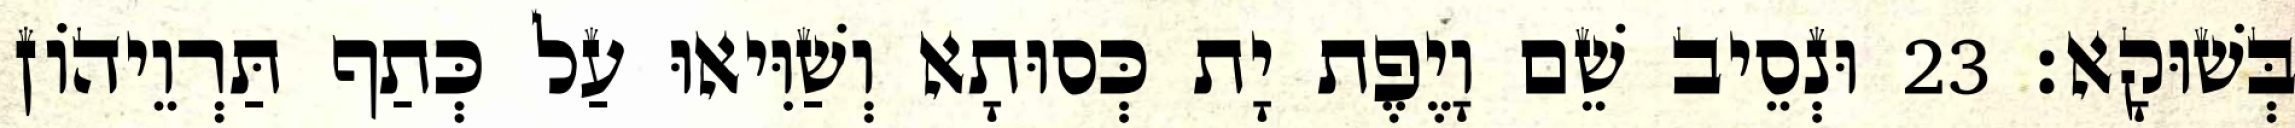
בְּשׁוּקָא׃ 23 וּנְסֵיב שֵׁם וָיֶפֶת יָת כְּסוּתָא וְשַׁוִּיאוּ עַל כְּתַף תַּרְוֵיהוֹן